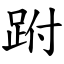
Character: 跗